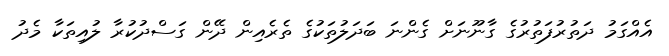
އެއްގަމު ދަތުރުފަތުރުގެ ގާނޫނަށް ގެންނަ ބަދަލުތަކުގެ ތެރެއިން ދޭން ގަސްދުކުރާ ލުއިތަކާ މެދު